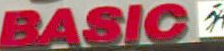
BASICE